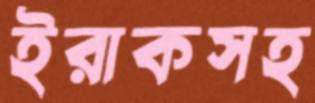
ইরাকসহ